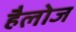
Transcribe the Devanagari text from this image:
हैलोज